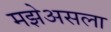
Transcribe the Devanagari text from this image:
मझेअसला